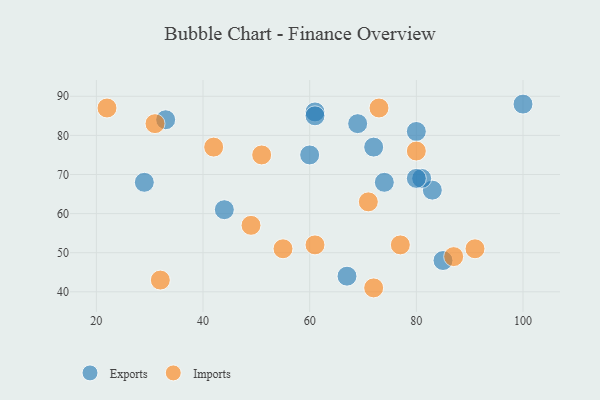
{"axis": {"x": "GDP", "y": "Life Expectancy"}, "legend": ["Exports", "Imports"], "data": [{"x": "83", "y": 66, "type": "Exports"}, {"x": "74", "y": 68, "type": "Exports"}, {"x": "33", "y": 84, "type": "Exports"}, {"x": "29", "y": 68, "type": "Exports"}, {"x": "69", "y": 83, "type": "Exports"}, {"x": "60", "y": 75, "type": "Exports"}, {"x": "81", "y": 69, "type": "Exports"}, {"x": "80", "y": 69, "type": "Exports"}, {"x": "67", "y": 44, "type": "Exports"}, {"x": "100", "y": 88, "type": "Exports"}, {"x": "61", "y": 86, "type": "Exports"}, {"x": "61", "y": 85, "type": "Exports"}, {"x": "44", "y": 61, "type": "Exports"}, {"x": "80", "y": 81, "type": "Exports"}, {"x": "72", "y": 77, "type": "Exports"}, {"x": "85", "y": 48, "type": "Exports"}, {"x": "42", "y": 77, "type": "Imports"}, {"x": "80", "y": 76, "type": "Imports"}, {"x": "77", "y": 52, "type": "Imports"}, {"x": "51", "y": 75, "type": "Imports"}, {"x": "91", "y": 51, "type": "Imports"}, {"x": "61", "y": 52, "type": "Imports"}, {"x": "22", "y": 87, "type": "Imports"}, {"x": "72", "y": 41, "type": "Imports"}, {"x": "31", "y": 83, "type": "Imports"}, {"x": "32", "y": 43, "type": "Imports"}, {"x": "87", "y": 49, "type": "Imports"}, {"x": "49", "y": 57, "type": "Imports"}, {"x": "73", "y": 87, "type": "Imports"}, {"x": "55", "y": 51, "type": "Imports"}, {"x": "71", "y": 63, "type": "Imports"}]}